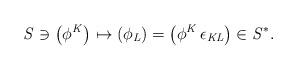
LaTeX: \begin{align*}\it S \ni \left(\phi^K\right) \mapsto \left(\phi_L\right)= \left(\phi^K \, \epsilon_{KL}\right) \in {\it S}^*.\end{align*}